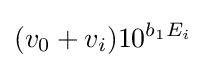
({v_{0}+v_{i}})10^{b_{1}E_{i}}